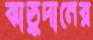
ঝাড়ুদানের